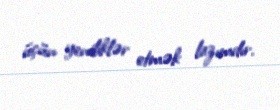
üçün yeniliklər etmək lazımdır.